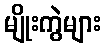
မျိုးကွဲများ